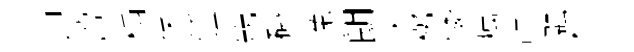
艸營榻保鍾兟磚挽朗夫桞憐癘計融杜